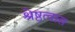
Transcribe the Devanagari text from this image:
श्रेष्ठत्वास